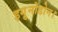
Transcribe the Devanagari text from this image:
इगु़नोडोन।